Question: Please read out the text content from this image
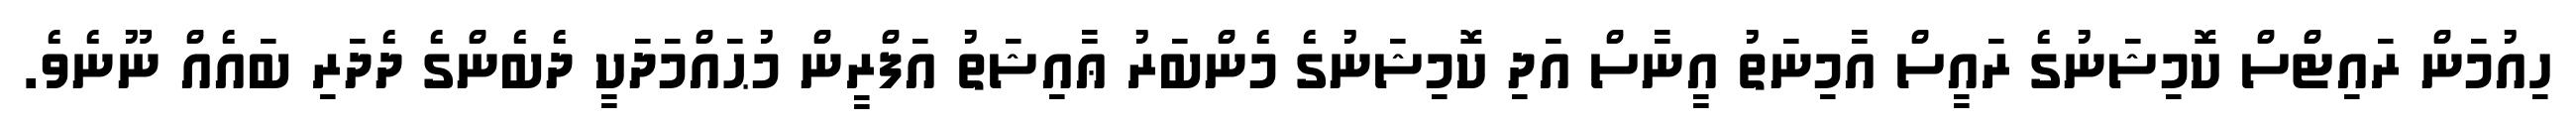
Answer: ހިއުމަން ރައިޓްސް ކޮމިޝަނުގެ ރައީސް އާމިނަތު އީނާސް އަދި ކޮމިޝަނުގެ މެންބަރު ޢާއިޝަތު އަފްރީން މުޙައްމަދަކީ ދެބެންގެ ދެދަރި ބައެއް ނޫނެވެ.